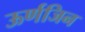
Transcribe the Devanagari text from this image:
ऊर्णजिन